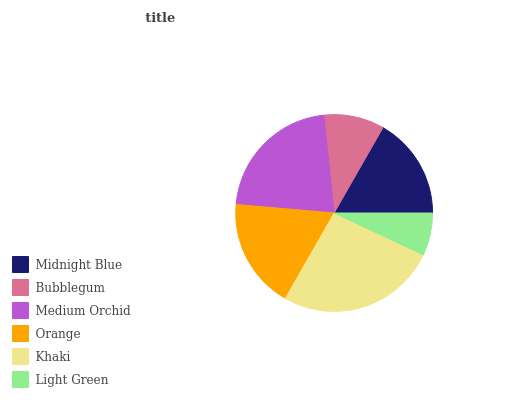
| Midnight Blue | Bubblegum | Medium Orchid | Orange | Khaki | Light Green |
 | --- | --- | --- | --- | --- | --- |
 | 16.7% | 9.93% | 22% | 18.1% | 26.3% | 6.99% |